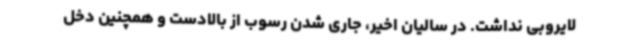
لایروبی نداشت. در سالیان اخیر، جاری شدن رسوب از بالادست و همچنین دخل